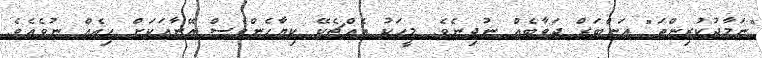
"ނަމާދުކުރިންތަ" އަންބަރް ޖަވާބެއް ނުދިނެވެ. މީހަކު އެއްޗެކޭ ކިޔާހެންވެސް އޭނާއަކަށް ހިއެއް ނުވެއެވެ.